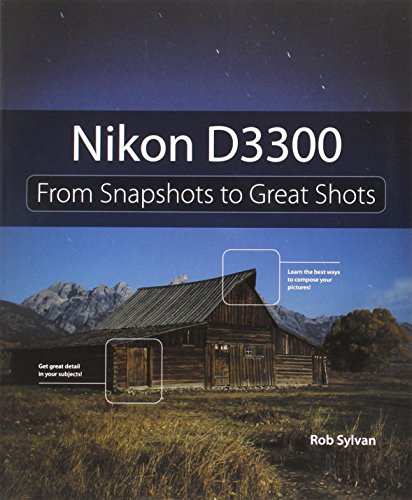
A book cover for Nikon D3300: From Snapshots to Great Shots; Rob Sylvan; Arts & Photography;